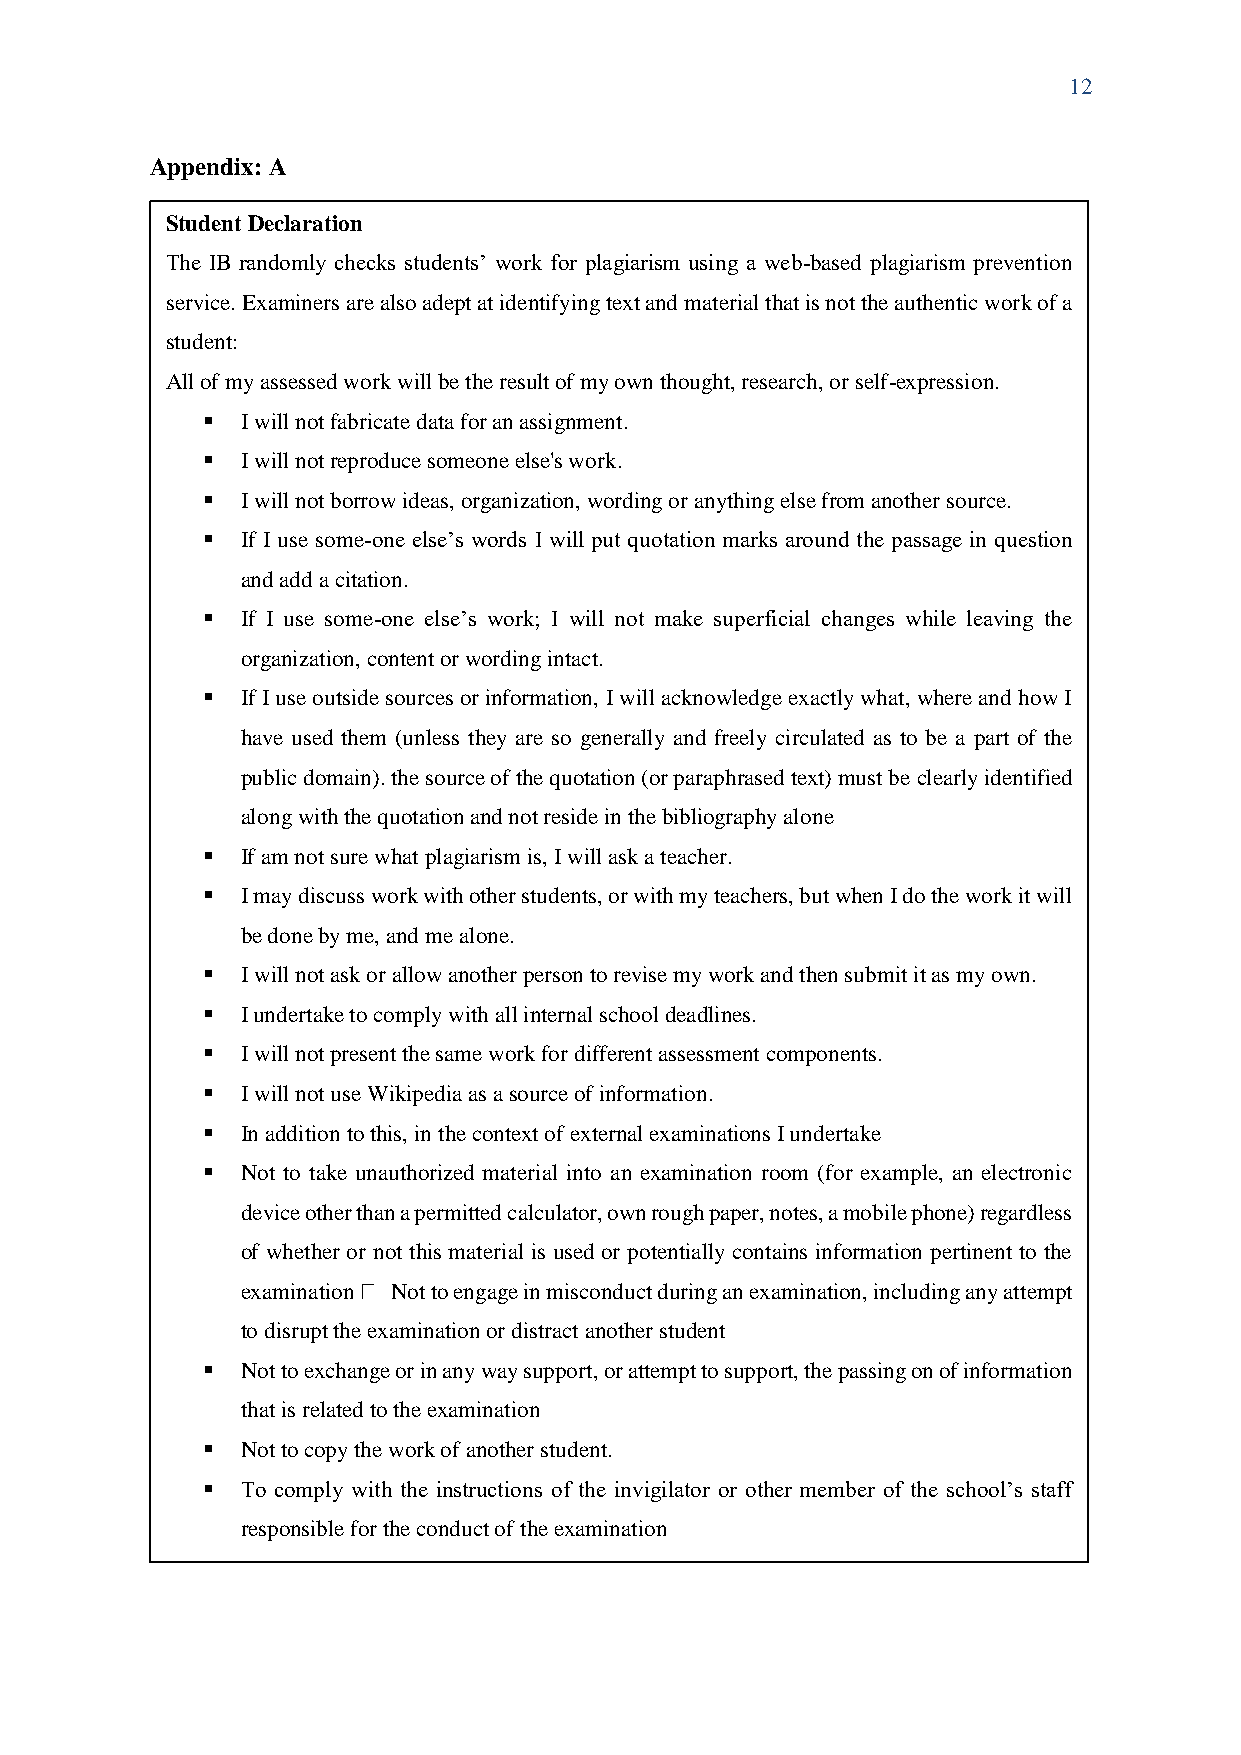
12
 Appendix: A
 Student Declaration
 The IB randomly checks students’ work for plagiarism using a web-based plagiarism prevention
 service. Examiners are also adept at identifying text and material that is not the authentic work of a
 student:
 All of my assessed work will be the result of my own thought, research, or self-expression.
 ▪  I will not fabricate data for an assignment.
 ▪  I will not reproduce someone else's work.
 ▪  I will not borrow ideas, organization, wording or anything else from another source.
 ▪  If I use some-one else’s words I will put quotation marks around the passage in question
 and add a citation.
 ▪  If I use some-one else’s work; I will not make superficial changes while leaving the
 organization, content or wording intact.
 ▪  If I use outside sources or information, I will acknowledge exactly what, where and how I
 have used them (unless they are so generally and freely circulated as to be a part of the
 public domain). the source of the quotation (or paraphrased text) must be clearly identified
 along with the quotation and not reside in the bibliography alone
 ▪  If am not sure what plagiarism is, I will ask a teacher.
 ▪  I may discuss work with other students, or with my teachers, but when I do the work it will
 be done by me, and me alone.
 ▪  I will not ask or allow another person to revise my work and then submit it as my own.
 ▪  I undertake to comply with all internal school deadlines.
 ▪  I will not present the same work for different assessment components.
 ▪  I will not use Wikipedia as a source of information.
 ▪  In addition to this, in the context of external examinations I undertake
 ▪  Not to take unauthorized material into an examination room (for example, an electronic
 device other than a permitted calculator, own rough paper, notes, a mobile phone) regardless
 of whether or not this material is used or potentially contains information pertinent to the
 examination Not to engage in misconduct during an examination, including any attempt
 to disrupt the examination or distract another student
 ▪  Not to exchange or in any way support, or attempt to support, the passing on of information
 that is related to the examination
 ▪  Not to copy the work of another student.
 ▪  To comply with the instructions of the invigilator or other member of the school’s staff
 responsible for the conduct of the examination